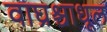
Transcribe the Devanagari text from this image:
वाघ्रश्चाधूल